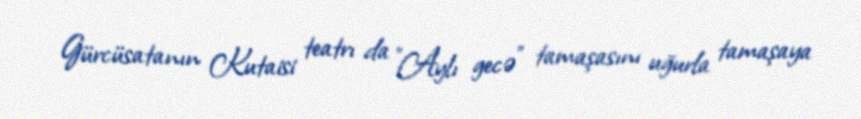
Gürcüsatanın Kutaisi teatrı da "Aylı gecə" tamaşasını uğurla tamaşaya